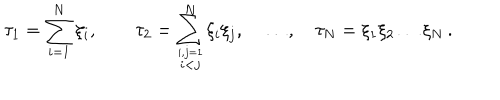
LaTeX: \tau _ { 1 } = \sum _ { i = 1 } ^ { N } \xi _ { i } , \qquad \tau _ { 2 } = \sum _ { \stackrel { i , j = 1 } { i < j } } ^ { N } \xi _ { i } \xi _ { j } , \quad \ldots , \quad \tau _ { N } = \xi _ { 1 } \xi _ { 2 } \ldots \xi _ { N } \, .